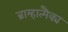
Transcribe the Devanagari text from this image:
ब्राम्हात्मैक्य